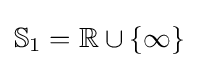
\mathbb {S} _{1}=\mathbb {R} \cup \{\infty \}